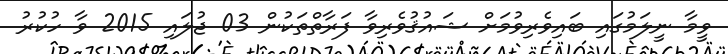
ވީމާ ނީލަމުގައި ބައިވެރިވުމަށް ޝައުޤުވެރިވާ ފަރާތްތަކުން 03 ޖުލައި 2015 ވާ ހުކުރު